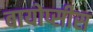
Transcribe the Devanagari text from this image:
बायोप्सीस